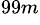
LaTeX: ^{99m}